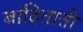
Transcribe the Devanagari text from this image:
बांदिताती